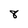
Character: 8